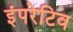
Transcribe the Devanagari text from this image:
इंपरेटिव